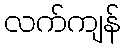
လက်ကျန်